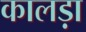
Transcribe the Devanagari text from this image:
कालड़ा